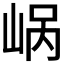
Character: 𪨹